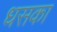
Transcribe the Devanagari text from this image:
धसका